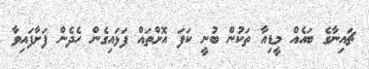
ޗައިނާގެ ބައެއް މީޑިއާ ތަކުން ބުނީ ކަފަ އޮށްތައް ފަޅައިގެން ހެދެން ފަށާފައިވާ